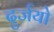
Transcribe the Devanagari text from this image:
दुर्जयो